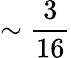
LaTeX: \sim\frac{3}{16}